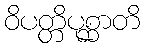
ဝိပတ္တိပုစ္ဆာတိ